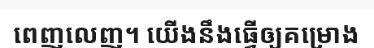
ពេញលេញ។ យើងនឹងធ្វើឲ្យគម្រោង